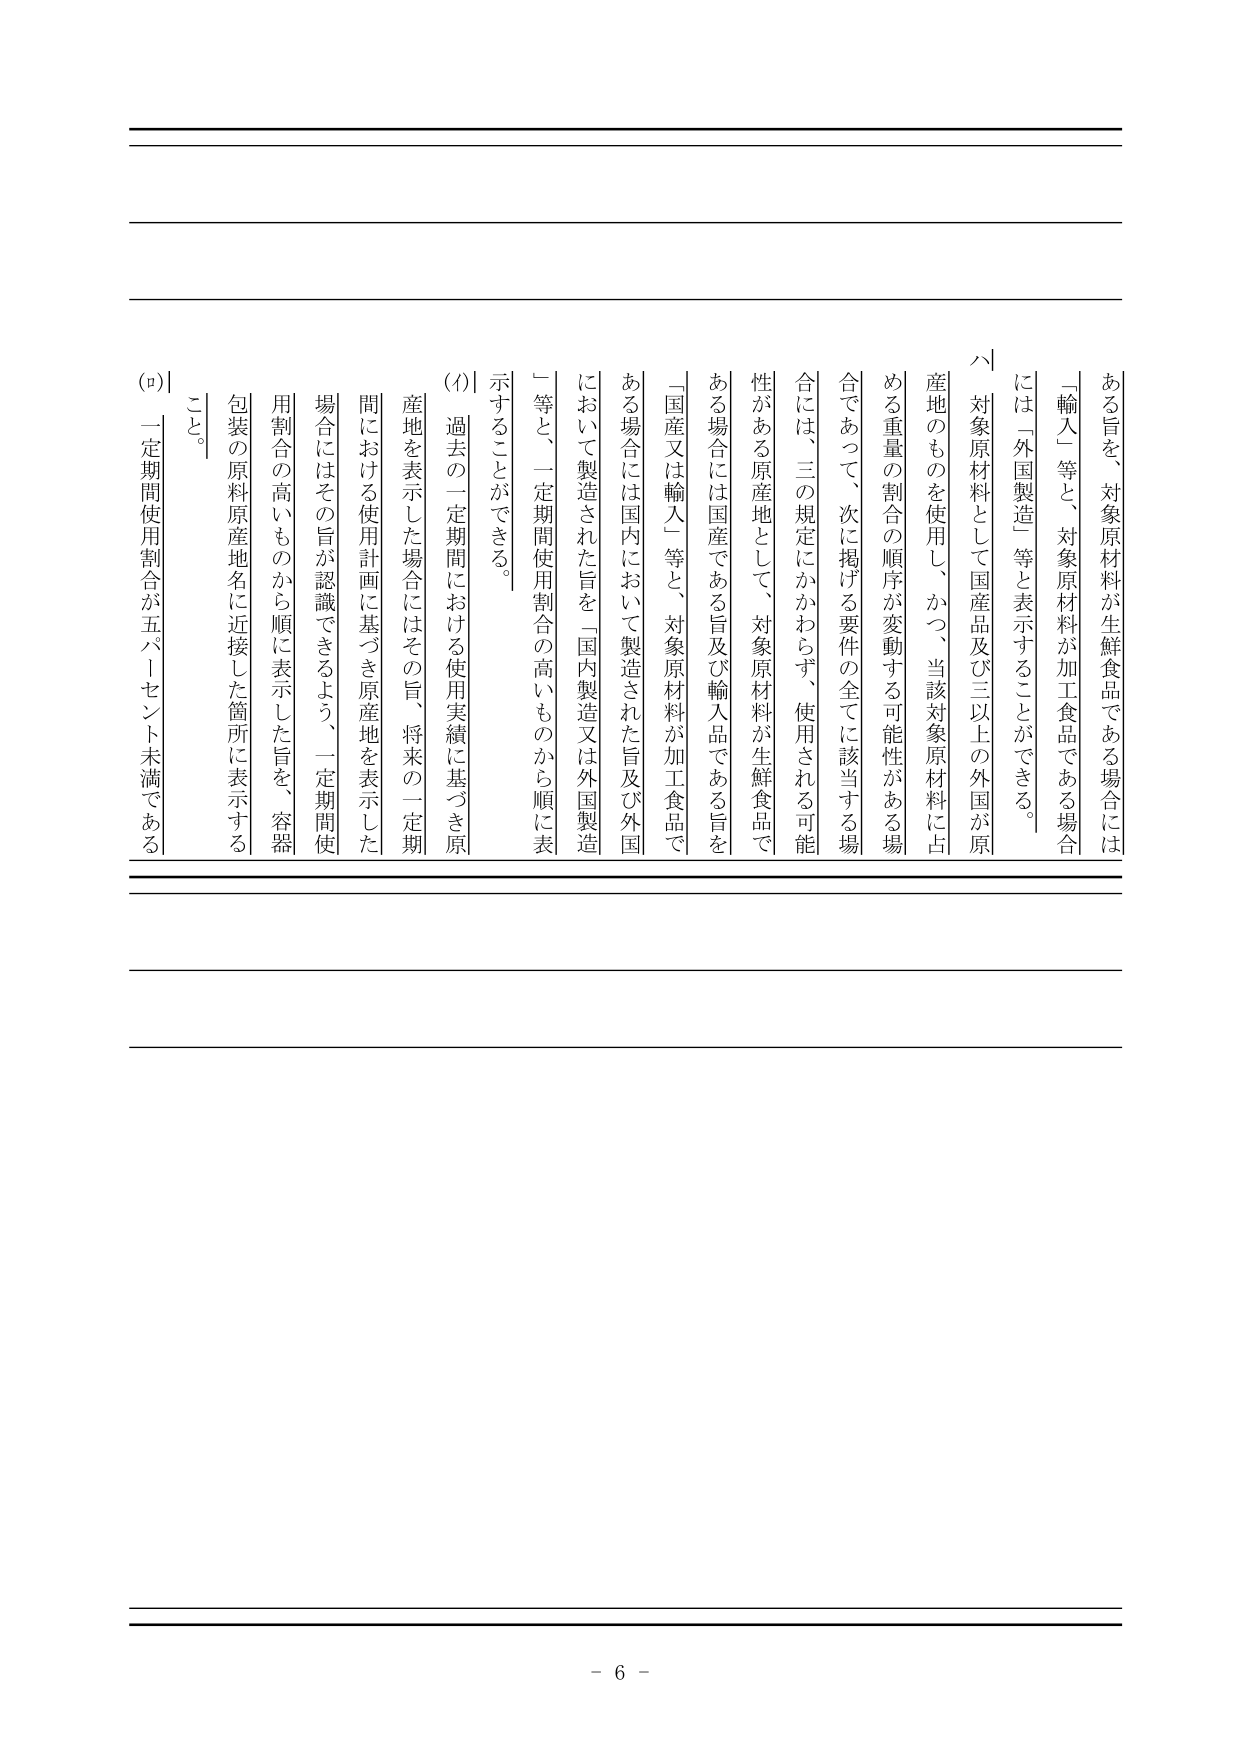
ある旨を、対象原材料が生鮮食品である場合には「輸入」等と、対象原材料が加工食品である場合には「外国製造」等と表示することができる。

ハ 対象原材料として国産品及び三以上の外国が原産地のものを使用し、かつ、当該対象原材料に占める重量の割合の順序が変動する可能性がある場合であって、次に掲げる要件の全てに該当する場合には、三の規定にかかわらず、使用される可能性がある原産地として、対象原材料が生鮮食品である場合には国産である旨及び輸入品である旨を「国産又は輸入」等と、対象原材料が加工食品である場合には国内において製造された旨及び外国において製造された旨を「国内製造又は外国製造」等と、一定期間使用割合の高いものから順に表示することができる。

(ｲ) 過去の一定期間における使用実績に基づき原産地を表示した場合にはその旨、将来の一定期間における使用計画に基づき原産地を表示した場合にはその旨が認識できるよう、一定期間使用割合の高いものから順に表示した旨を、容器包装の原料原産地名に近接した箇所に表示すること。

(ﾛ) 一定期間使用割合が五パーセント未満である

- 6 -